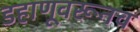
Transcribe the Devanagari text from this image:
डहाणूवरूनच